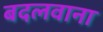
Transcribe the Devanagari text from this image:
बदलवाना